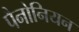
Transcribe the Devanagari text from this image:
पैनोनियन